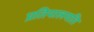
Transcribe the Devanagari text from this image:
प्रतिपालयति